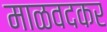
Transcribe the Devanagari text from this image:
माळवदकर